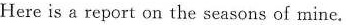
Here is a report on the seasons of mine.